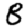
Digit: 8